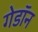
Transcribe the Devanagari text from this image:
गेडाॅन